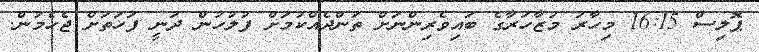
ޕޮލިސް 16:15 މިހާރު މުޒާހަރާގެ ބައިވެރިންނަށް ތަންދެއްކުމަށް ފުލުހުން ދަނީ ފަހަތަށް ޖެހެމުން.